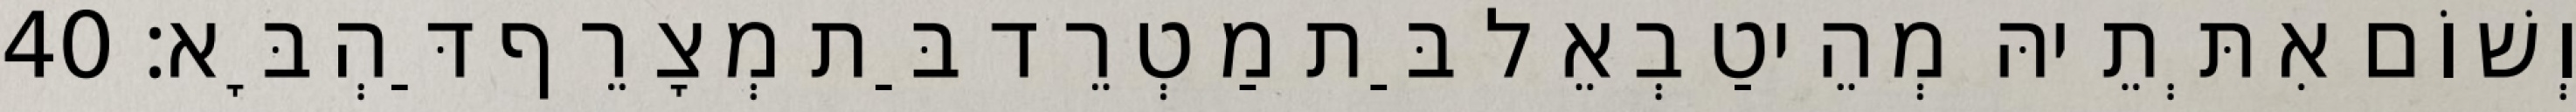
וְשׁוֹם אִתְּתֵיהּ מְהֵיטַבְאֵל בַּת מַטְרֵד בַּת מְצָרֵף דַּהְבָּא׃ 40